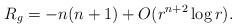
LaTeX: \begin{align*}R_g = -n(n+1)+O(r^{n+2}\log r).\end{align*}